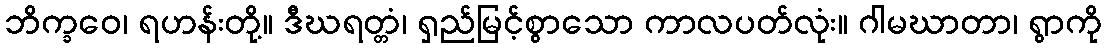
ဘိက္ခဝေ၊ ရဟန်းတို့။ ဒီဃရတ္တံ၊ ရှည်မြင့်စွာသော ကာလပတ်လုံး။ ဂါမဃာတာ၊ ရွာကို